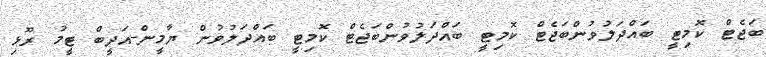
ބަޖެޓް ކޮމިޓީ ބައްދަލުވުންބަޖެޓް ކޮމިޓީ ބައްދަލުވުންބަޖެޓް ކޮމިޓީ ބައްދަލުވުން ޔާމީން-އަދީބް ޓީމު ރޫޅި